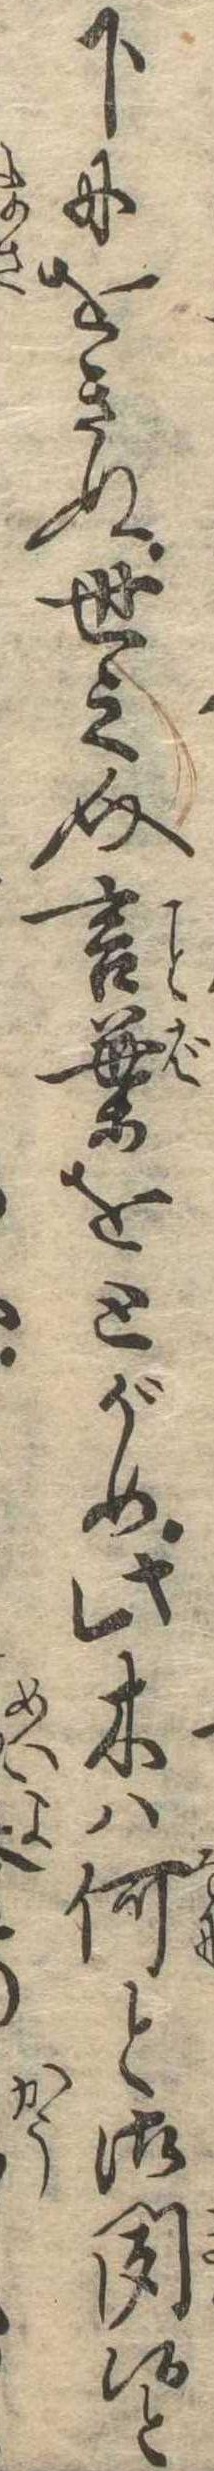
下にをきぬ世之介言葉をとがめ此木は何と御聞候と